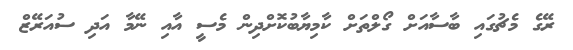
ރޭގެ މެޗުގައި ބާސާއަށް ގޯލްތަށް ކާމިޔާބުކޮށްދިން މެސީ އާއި ނޭމާ އަދި ސުއަރޭޒް